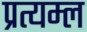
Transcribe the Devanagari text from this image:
प्रत्यम्ल